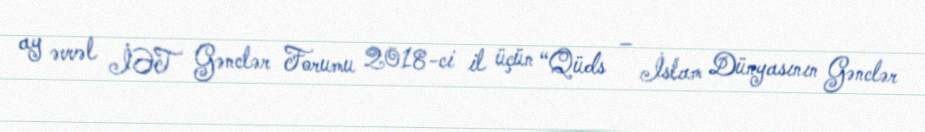
ay əvvəl İƏT Gənclər Forumu 2018-ci il üçün “Qüds – İslam Dünyasının Gənclər